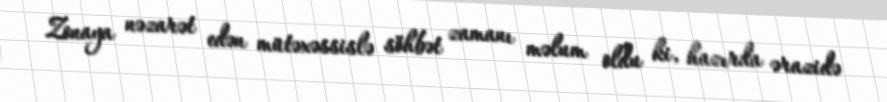
Zonaya nəzarət edən mütəxəssislə söhbət zamanı məlum oldu ki, hazırda ərazidə